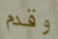
وقدم